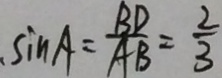
\sin A = \frac { B D } { A B } = \frac { 2 } { 3 }